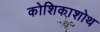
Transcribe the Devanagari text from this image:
कोशिकाशोथ